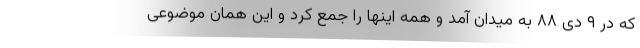
که در ۹ دی ۸۸ به میدان آمد و همه اینها را جمع کرد و این همان موضوعی